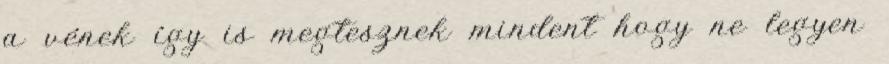
a vének így is megtesznek mindent hogy ne legyen